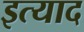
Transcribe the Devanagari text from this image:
इत्याद